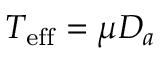
T _ { \mathrm { e f f } } = \mu D _ { a }